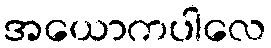
အယောကပါလေ